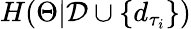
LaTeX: H(\Theta|\mathcal{D}\cup\{ d_{\tau_{i}}\} )